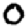
Digit: 0